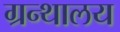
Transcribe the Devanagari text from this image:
ग्रन्‍थालय